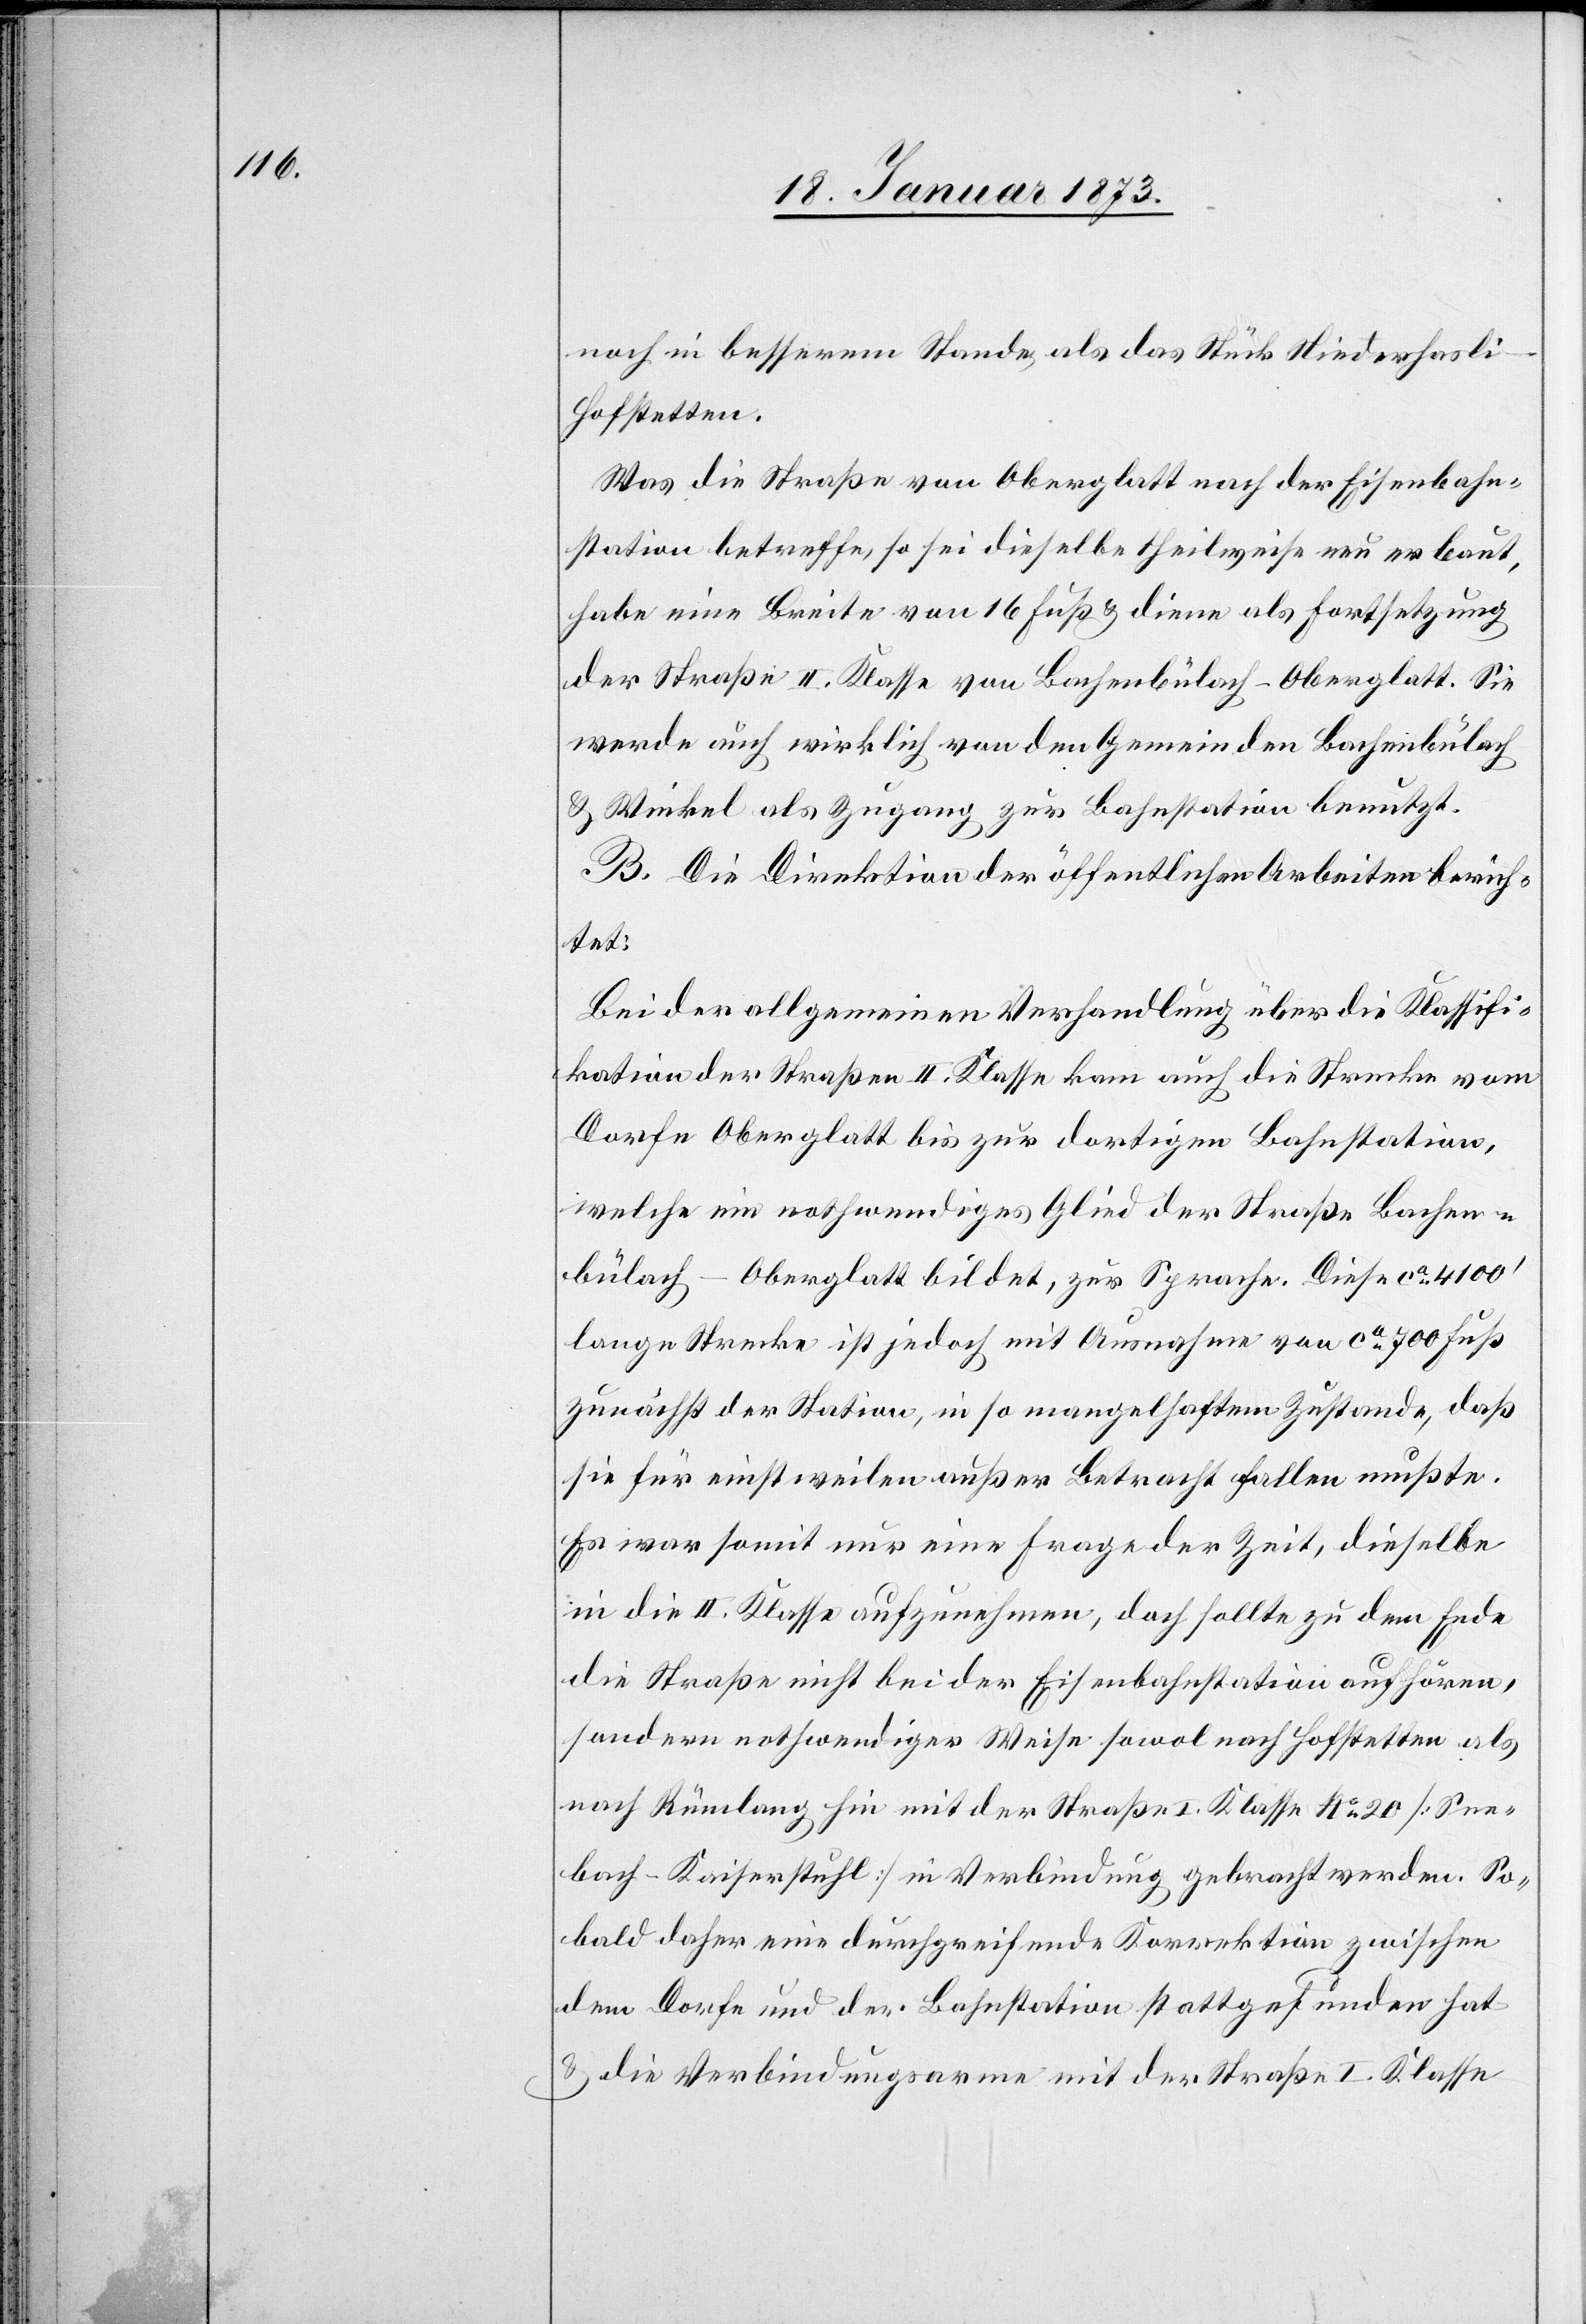
i–Hofstetten.
Was die Straße von Oberglatt nach der Eisenbahn¬
station betreffe, so sei dieselbe theilweise neu erbaut,
habe eine Breite von 16 Fuß u. diene als Fortsetzung
der Straße II. Klasse von Bachenbülach–Oberglatt. Sie
werde auch wirklich von den Gemeinden Bachenbülach
u. Winkel als Zugang zur Bahnstation benutzt.
B. Die Direktion der öffentlichen Arbeiten berich¬
tet:
Bei der allgemeinen Verhandlung über die Klassifi¬
kation der Straßen II. Klasse kam auch die Strecke vom
Dorfe Oberglatt bis zur dortigen Bahnstation,
welche ein nothwendiges Glied der Straße Bachen¬
bülach–Oberglatt bildet, zur Sprache. Diese ca. 4100’
lange Strecke ist jedoch mit Ausnahme von ca. 700 Fuß
zunächst der Station, in so mangelhaftem Zustande, daß
sie für einstweilen außer Betracht fallen mußte.
Es war somit nur eine Frage der Zeit, dieselbe
in die II. Klasse aufzunehmen, doch sollte zu dem Ende
die Straße nicht bei der Eisenbahnstation aufhören,
sondern nothwendiger Weise sowol nach Hofstetten als
nach Rümlang hin mit der Straße I. Klasse No. 20 [See¬
bach–Kaiserstuhl] in Verbindung gebracht werden. So¬
bald daher eine durchgreifende Korrektion zwischen
dem Dorfe und der Bahnstation stattgefunden hat
u. die Versbindungsarme mit der Straße I. Klasse